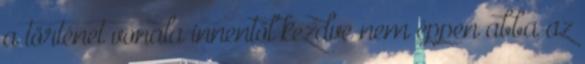
a történet vonala innentől kezdve nem éppen abba az